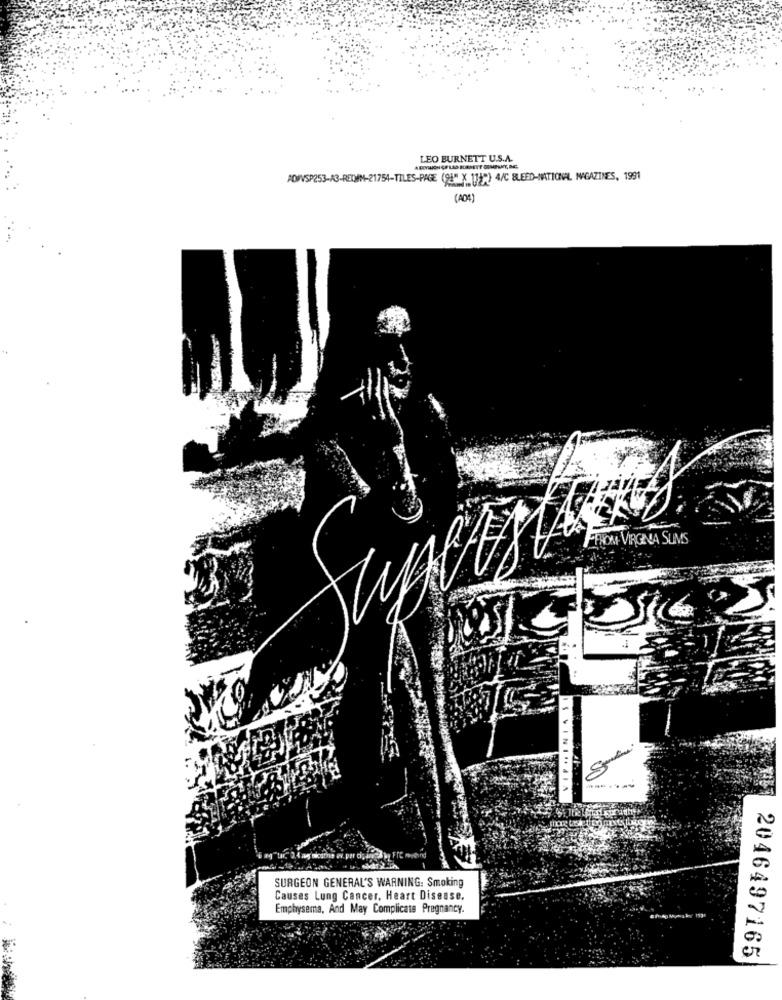
LEO BURNETT U.S.A.
AOWVSP253-A3-REQIM-21754-TILES-PAGE (98" X 119") 4/C BLEED-NATIONAL MAGAZINES, 1991
FINOM VIRGINA SUMS
SURGEON GENERAL'S WARNING: Smoking
Causes Lung Cancer, Heart Disease.
Emphysema, And May Complicate Pregnancy.
2046497165